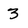
Character: 3